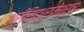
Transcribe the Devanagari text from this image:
श्रीसिद्धरामेश्र्वर